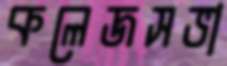
কলেজসভা